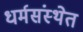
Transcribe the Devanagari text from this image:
धर्मसंस्थेत